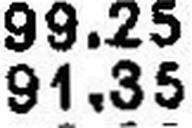
91.35